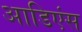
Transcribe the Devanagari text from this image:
आडिएंस